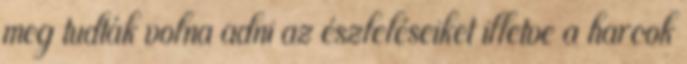
meg tudták volna adni az észleléseiket illetve a harcok